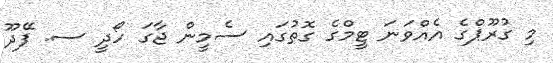
މި ގުރޫޕްގެ އެއްވަނަ ޓީމްގެ ގޮތުގައި ސެމީން ޖާގަ ހޯދީ ސ. ފޭދޫ